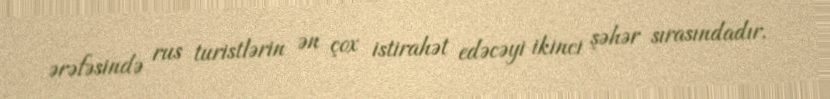
ərəfəsində rus turistlərin ən çox istirahət edəcəyi ikinci şəhər sırasındadır.